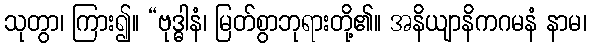
သုတွာ၊ ကြား၍။ “ဗုဒ္ဓါနံ၊ မြတ်စွာဘုရားတို့၏။ အနိယျာနိကဂမနံ နာမ၊